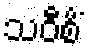
သဝီစိံ